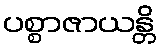
ပစ္စာဇာယန္တိ